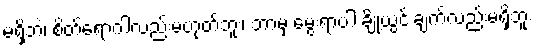
မရှိဘဲ၊ စိတ်ရောဂါလည်းမဟုတ်ဘူး၊ ဘာမှ မွေးရာပါ ချို့ယွင်းချက်လည်းမရှိဘူး